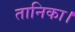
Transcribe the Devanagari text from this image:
तानिका।